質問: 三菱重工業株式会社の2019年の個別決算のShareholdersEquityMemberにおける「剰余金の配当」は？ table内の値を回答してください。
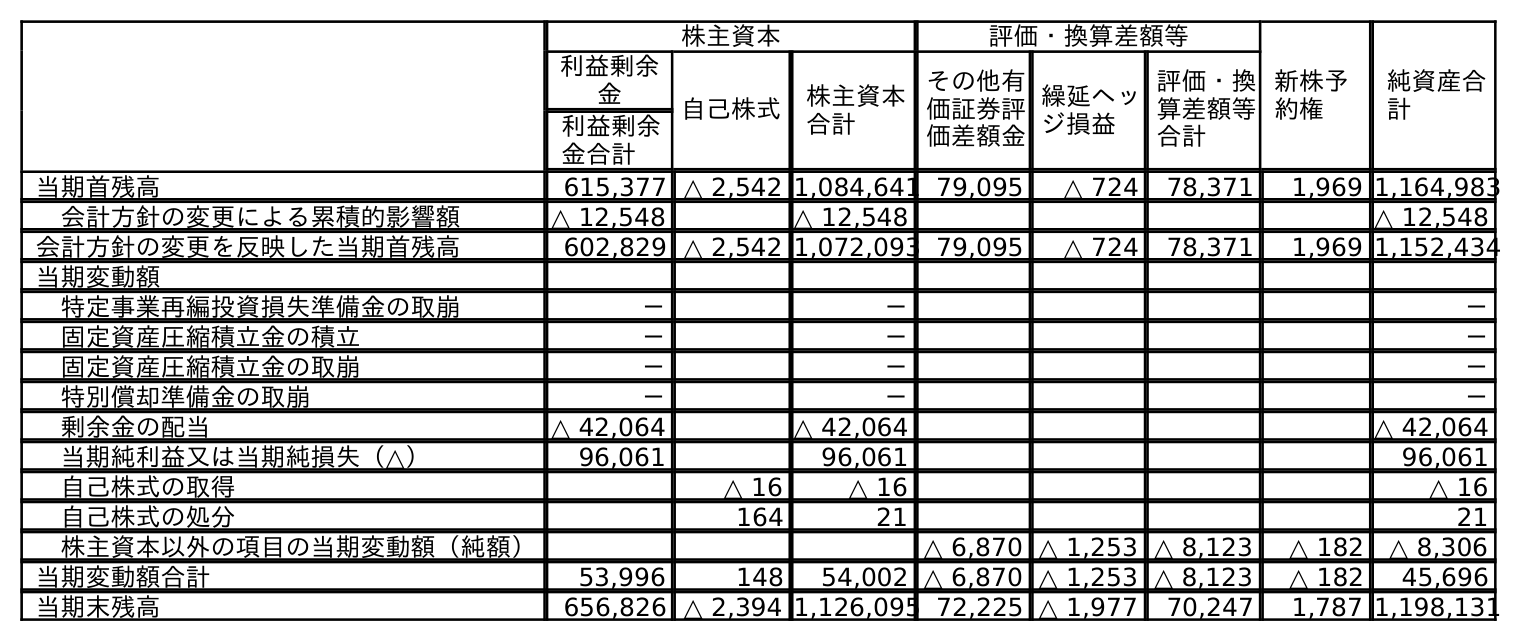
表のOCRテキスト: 株主資本 評価・換算差額等 新株予 約権 純資産合 計 利益剰余 金 自己株式 株主資本 合計 その他有 価証券評 価差額金 繰延ヘッ ジ損益 評価・換 算差額等 合計 利益剰余 金合計 当期首残高 615,377 △ 2,542 1,084,641 79,095 △ 724 78,371 1,969 1,164,983 会計方針の変更による累積的影響額 △ 12,548 △ 12,548 △ 12,548 会計方針の変更を反映した当期首残高 602,829 △ 2,542 1,072,093 79,095 △ 724 78,371 1,969 1,152,434 当期変動額 特定事業再編投資損失準備金の取崩 － － － 固定資産圧縮積立金の積立 － － － 固定資産圧縮積立金の取崩 － － － 特別償却準備金の取崩 － － － 剰余金の配当 △ 42,064 △ 42,064 △ 42,064 当期純利益又は当期純損失（△） 96,061 96,061 96,061 自己株式の取得 △ 16 △ 16 △ 16 自己株式の処分 164 21 21 株主資本以外の項目の当期変動額（純額） △ 6,870 △ 1,253 △ 8,123 △ 182 △ 8,306 当期変動額合計 53,996 148 54,002 △ 6,870 △ 1,253 △ 8,123 △ 182 45,696 当期末残高 656,826 △ 2,394 1,126,095 72,225 △ 1,977 70,247 1,787 1,198,131
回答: △42,064